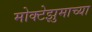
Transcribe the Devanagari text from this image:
मोक्टेझुमाच्या